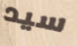
سيد